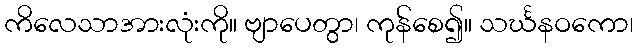
ကိလေသာအားလုံးကို။ ဗျာပေတွာ၊ ကုန်စေ၍။ သင်္ဃနဝကော၊